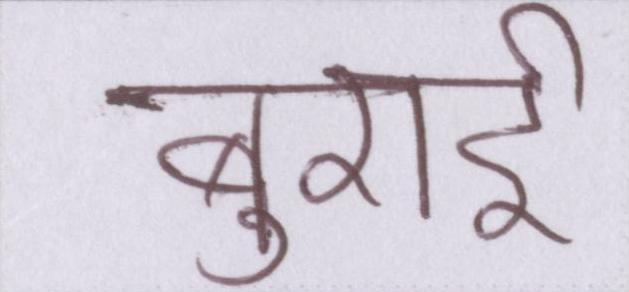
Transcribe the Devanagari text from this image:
बुराई